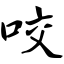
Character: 咬